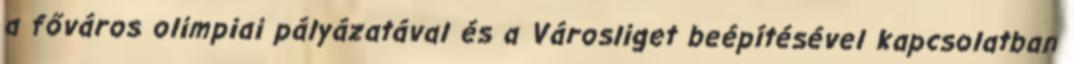
a főváros olimpiai pályázatával és a Városliget beépítésével kapcsolatban